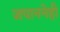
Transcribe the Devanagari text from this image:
जपाननेही